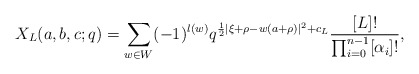
\begin{align*}X_L(a,b,c;q)=\sum_{w\in W} (-1)^{l(w)} q^{{1\over 2}|\xi+\rho-w(a+\rho)|^2+c_L}{[L]!\over{\prod_{i=0}^{n-1}[\alpha_i]!}},\end{align*}